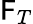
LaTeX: \mathsf{F}_{T}